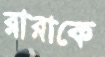
রারাকে